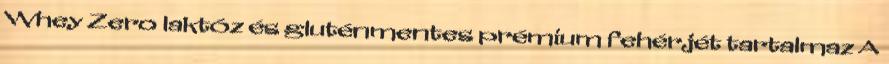
Whey Zero laktóz és gluténmentes prémium fehérjét tartalmaz A